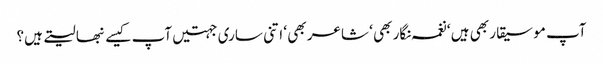
آپ موسیقار بھی ہیں ‘ نغمہ نگار بھی ‘ شاعر بھی ‘ اتنی ساری جہتیں آپ کیسے نبھا لیتے ہیں؟